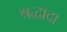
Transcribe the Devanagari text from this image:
श्रद्धादा